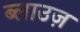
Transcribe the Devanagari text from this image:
ब्लाउज़